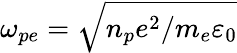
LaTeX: \omega_{pe}=\sqrt{n_{p}e^{2}/m_{e}\varepsilon_{0}}